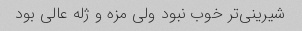
شیرینی‌تر خوب نبود ولی مزه و ژله عالی بود